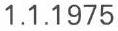
1.1.1975